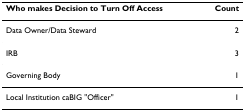
<table><thead><tr><td><b>Who makes Decision to Turn Off Access</b></td><td><b>Count</b></td></tr></thead><tbody><tr><td>Data Owner/Data Steward</td><td>2</td></tr><tr><td>IRB</td><td>3</td></tr><tr><td>Governing Body</td><td>1</td></tr><tr><td>Local Institution caBIG &quot;Officer&quot;</td><td>1</td></tr></tbody></table>